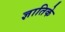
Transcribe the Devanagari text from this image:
ज्ञातिके